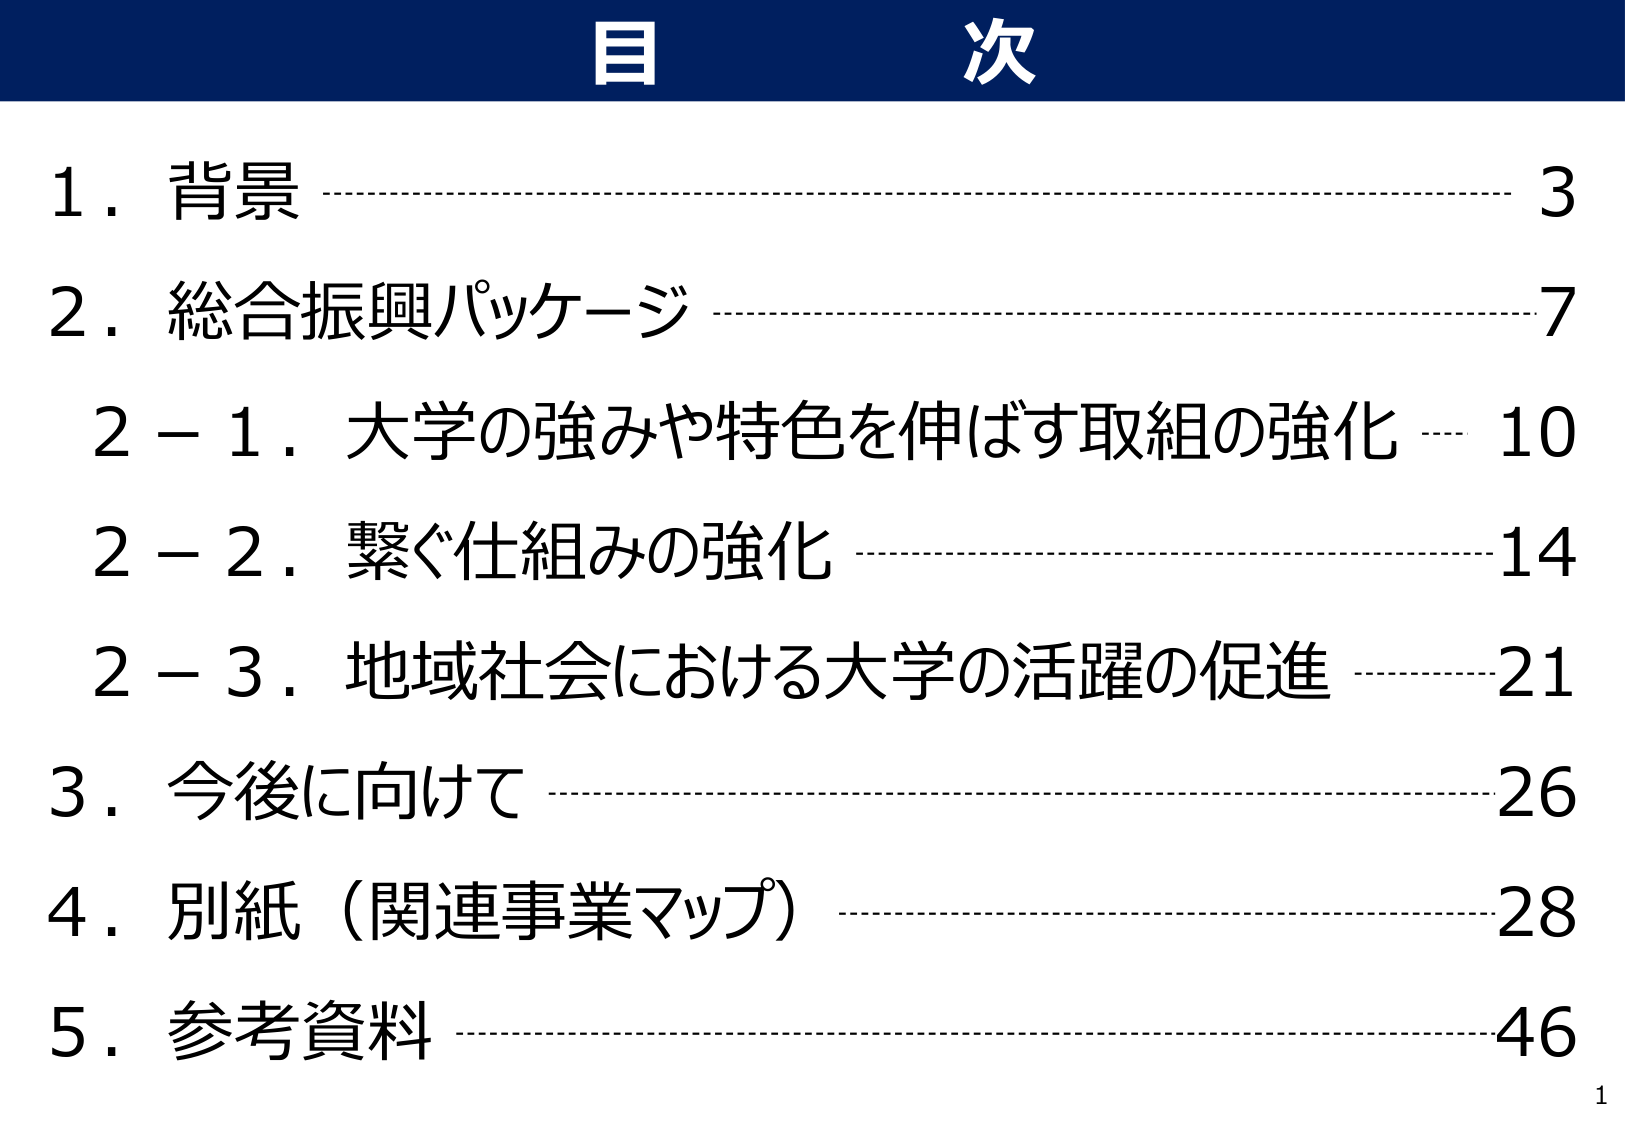
目次

1．背景 ………………………………………………………………………… 3
2．総合振興パッケージ ……………………………………………………… 7
　2－1．大学の強みや特色を伸ばす取組の強化 …………………………… 10
　2－2．繋ぐ仕組みの強化 …………………………………………………… 14
　2－3．地域社会における大学の活躍の促進 ……………………………… 21
3．今後に向けて ……………………………………………………………… 26
4．別紙（関連事業マップ） ………………………………………………… 28
5．参考資料 …………………………………………………………………… 46

1